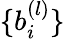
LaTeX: \{ b_{i}^{(l)}\}